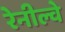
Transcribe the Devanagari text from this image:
रेनील्वे